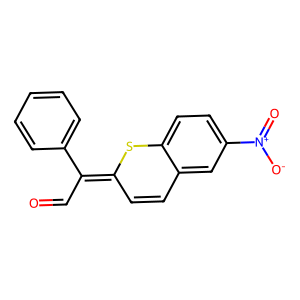
SMILES: O=CC(=C1C=Cc2cc([N+](=O)[O-])ccc2S1)c1ccccc1
Inhibits HIV replication: No